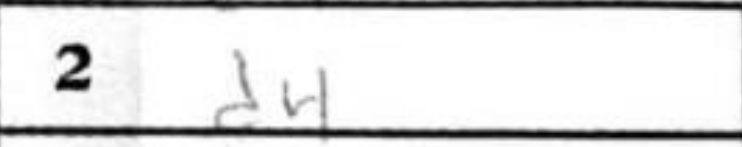
Transcription: d4